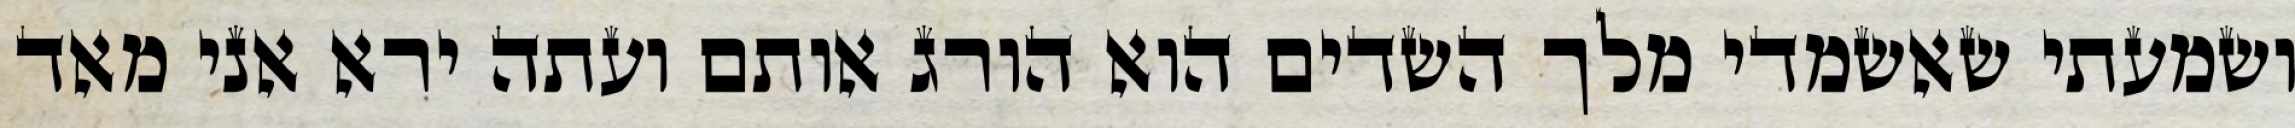
ושמעתי שאשמדי מלך השדים הוא הורג אותם ועתה ירא אני מאד